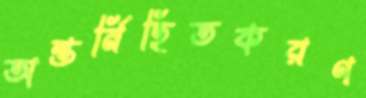
অন্তর্নিহিতকরণ